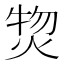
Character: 𤊘